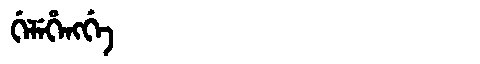
Manchu: ᡤᡝᠯᡝᡥᡝᠩᡤᡝ
Romanization: GELEHENGGE